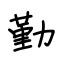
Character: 勤